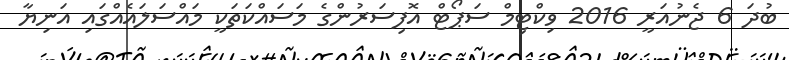
ބުދަ 6 ޖެނުއަރީ 2016 ވިކްޓިމް ސަޕޯޓް އޮފިސަރުންގެ މަސައްކަތަކީ މައްސަލައެއްގައި އަނިޔާ